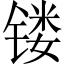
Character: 镂